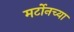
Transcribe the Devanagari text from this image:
मर्टोनच्या